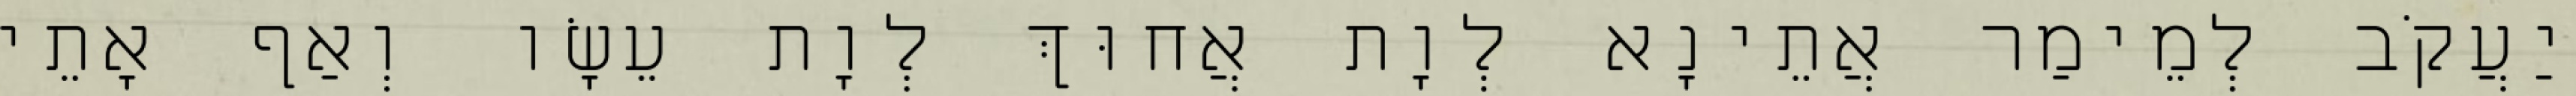
יַעֲקֹב לְמֵימַר אֲתֵינָא לְוָת אֲחוּךְ לְוָת עֵשָׂו וְאַף אָתֵי